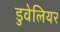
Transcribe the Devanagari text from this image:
डुवेलियर